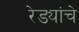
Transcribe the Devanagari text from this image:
रेड्यांचे